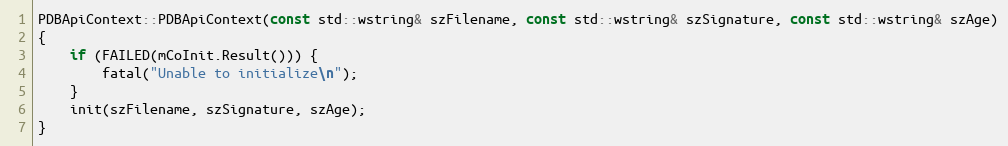
Language: C++
PDBApiContext::PDBApiContext(const std::wstring& szFilename, const std::wstring& szSignature, const std::wstring& szAge)
{
	if (FAILED(mCoInit.Result())) {
		fatal("Unable to initialize\n");
	}
	init(szFilename, szSignature, szAge);
}